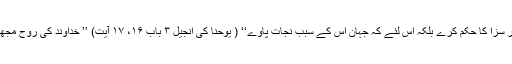
کیونکہ خدا نے اپنے بیٹے کو جہان میں اِس لئے نہیں بھیجا کہ جہان پر سزا کا حکم کرے بلکہ اس لئے کہ جہان اُس کے سبب نجات پاوے‘‘ ( یوحنا کی انجیل ۳ باب ۱۶، ۱۷ آیت) ’’ خداوند کی روح مجھپر ہے اُس نئ اِس لئے مجھے مسح کیا کہ غریبوں کو خوشخبری دوں۔